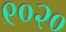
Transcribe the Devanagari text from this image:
९०२०